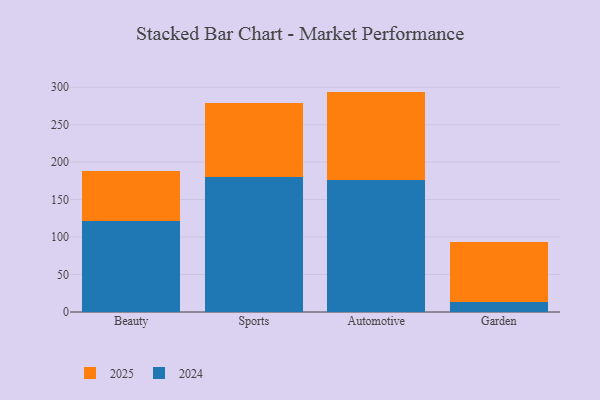
{"axis": {"x": "Category", "y": "Website Visitors"}, "legend": ["2024", "2025"], "data": [{"x": "Beauty", "y": 67.3, "type": "2025"}, {"x": "Beauty", "y": 121.4, "type": "2024"}, {"x": "Sports", "y": 99.3, "type": "2025"}, {"x": "Sports", "y": 179.8, "type": "2024"}, {"x": "Automotive", "y": 118.6, "type": "2025"}, {"x": "Automotive", "y": 175.5, "type": "2024"}, {"x": "Garden", "y": 80.6, "type": "2025"}, {"x": "Garden", "y": 13.1, "type": "2024"}]}